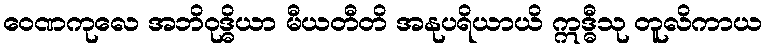
ဝေဏကုလေ အဘိဝုဒ္ဓိယာ မီယတီတိ အနုပရိယာယိ ဣဒ္ဓီသု တူလိကာယ